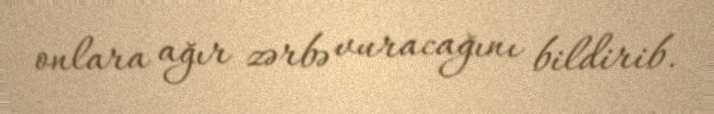
onlara ağır zərbə vuracağını bildirib.